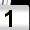
Digit: 1